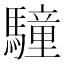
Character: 䮵